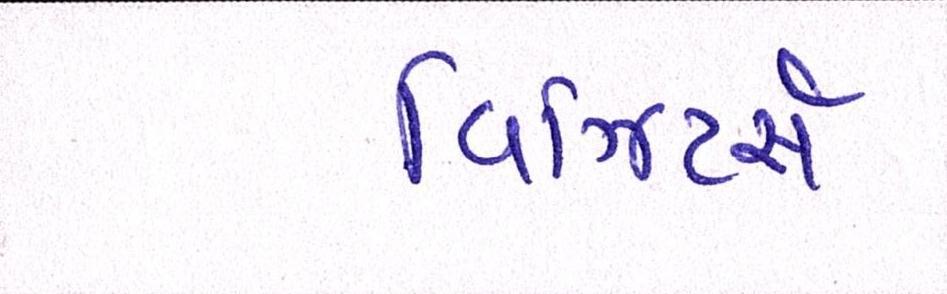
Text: વિઝિટર્સ